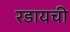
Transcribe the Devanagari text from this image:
रडायची